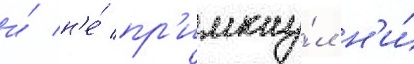
и́ н'е́ пр'имкну́л н'и́